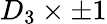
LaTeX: D_{3}\times\pm 1